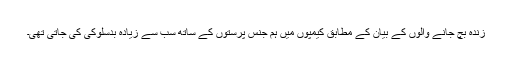
زندہ بچ جانے والوں کے بیان کے مطابق کیمپوں میں ہم جنس پرستوں کے ساتھ سب سے زیادہ بدسلوکی کی جاتی تھی۔